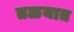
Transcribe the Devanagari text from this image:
तळयात